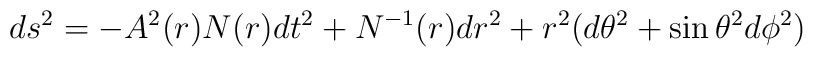
ds^2=-A^2(r)N(r)dt^2+N^{-1}(r)dr^2+r^2(d\theta^2+\sin\theta^2d\phi^2)